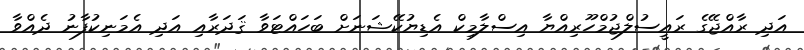
އަދި ރާއްޖޭގެ ރައީސުލްޖުމްހޫރިއްޔާ އިސްލާމިކް އެޑިޔުކޭޝަނަށް ބަހައްޓަވާ ޤަދަރާއި އަދި އެމަނިކުފާނު ދެއްވާ